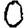
Digit: 0